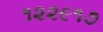
૧૨૨૯૧૭